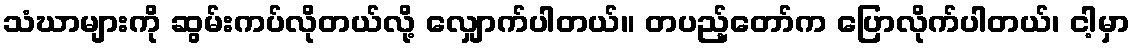
သံဃာများကို ဆွမ်းကပ်လိုတယ်လို့ လျှောက်ပါတယ်။ တပည့်တော်က ပြောလိုက်ပါတယ်၊ ငါ့မှာ